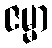
ဇမ္မာ